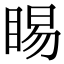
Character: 睗